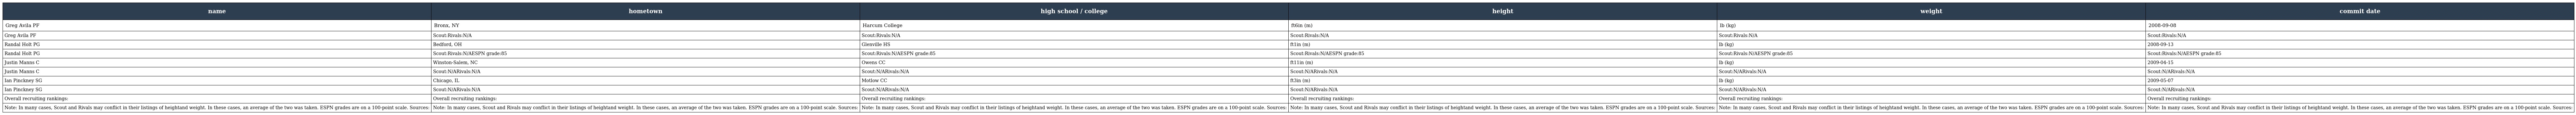
| name | hometown | high school / college | height | weight | commit date |
 | --- | --- | --- | --- | --- | --- |
 | Greg Avila PF | Bronx, NY | Harcum College | ft6in (m) | lb (kg) | 2008-09-08 |
 | Greg Avila PF | Scout:Rivals:N/A | Scout:Rivals:N/A | Scout:Rivals:N/A | Scout:Rivals:N/A | Scout:Rivals:N/A |
 | Randal Holt PG | Bedford, OH | Glenville HS | ft1in (m) | lb (kg) | 2008-09-13 |
 | Randal Holt PG | Scout:Rivals:N/AESPN grade:85 | Scout:Rivals:N/AESPN grade:85 | Scout:Rivals:N/AESPN grade:85 | Scout:Rivals:N/AESPN grade:85 | Scout:Rivals:N/AESPN grade:85 |
 | Justin Manns C | Winston-Salem, NC | Owens CC | ft11in (m) | lb (kg) | 2009-04-15 |
 | Justin Manns C | Scout:N/ARivals:N/A | Scout:N/ARivals:N/A | Scout:N/ARivals:N/A | Scout:N/ARivals:N/A | Scout:N/ARivals:N/A |
 | Ian Pinckney SG | Chicago, IL | Motlow CC | ft3in (m) | lb (kg) | 2009-05-07 |
 | Ian Pinckney SG | Scout:N/ARivals:N/A | Scout:N/ARivals:N/A | Scout:N/ARivals:N/A | Scout:N/ARivals:N/A | Scout:N/ARivals:N/A |
 | Overall recruiting rankings: | Overall recruiting rankings: | Overall recruiting rankings: | Overall recruiting rankings: | Overall recruiting rankings: | Overall recruiting rankings: |
 | Note: In many cases, Scout and Rivals may conflict in their listings of heightand weight. In these cases, an average of the two was taken. ESPN grades are on a 100-point scale. Sources: | Note: In many cases, Scout and Rivals may conflict in their listings of heightand weight. In these cases, an average of the two was taken. ESPN grades are on a 100-point scale. Sources: | Note: In many cases, Scout and Rivals may conflict in their listings of heightand weight. In these cases, an average of the two was taken. ESPN grades are on a 100-point scale. Sources: | Note: In many cases, Scout and Rivals may conflict in their listings of heightand weight. In these cases, an average of the two was taken. ESPN grades are on a 100-point scale. Sources: | Note: In many cases, Scout and Rivals may conflict in their listings of heightand weight. In these cases, an average of the two was taken. ESPN grades are on a 100-point scale. Sources: | Note: In many cases, Scout and Rivals may conflict in their listings of heightand weight. In these cases, an average of the two was taken. ESPN grades are on a 100-point scale. Sources: |